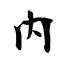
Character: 內